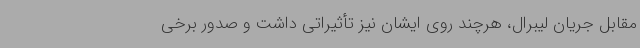
مقابل جریان لیبرال، هرچند روی ایشان نیز تأثیراتی داشت و صدور برخی